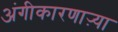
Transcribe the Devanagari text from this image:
अंगीकारणाऱ्या